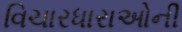
વિચારધારાઓની